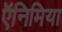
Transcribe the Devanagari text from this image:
ऍनिमिया